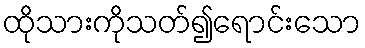
ထိုသားကိုသတ်၍ရောင်းသော